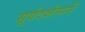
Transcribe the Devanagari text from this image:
सूर्यदर्शनानें